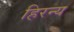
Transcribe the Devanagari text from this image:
हिरन्य